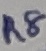
Text: R8